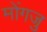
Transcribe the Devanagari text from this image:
मोंगजु